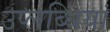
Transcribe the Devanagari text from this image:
उप्लब्धियां